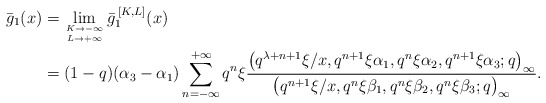
\begin{align*} \bar{g}_1 (x)&= \lim_{K \to -\infty \atop{ L \to +\infty}} \bar{g}_1^{\,[K,L]}(x) \\& = (1-q)(\alpha_3 -\alpha_1 )\sum_{n=-\infty}^{+\infty} q^n\xi \frac{\big(q^{\lambda+n+1}\xi /x, q^{n+1} \xi\alpha_1, q^n \xi\alpha_2, q^{n+1} \xi\alpha_3; q\big)_{\infty}}{\big(q^{n+1}\xi /x, q^n \xi\beta_1, q^n \xi\beta_2, q^n \xi\beta_3 ;q\big)_{\infty}} .\end{align*}